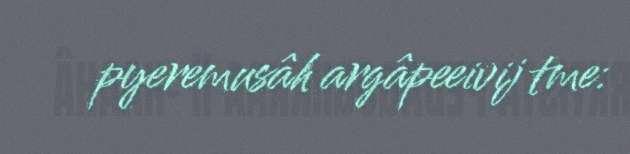
pyeremusâh argâpeeivij tme: